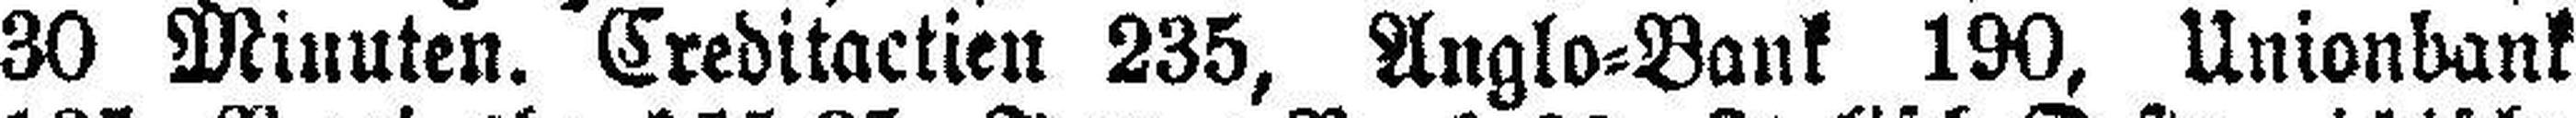
30 Minuten. Creditactien 235, Anglo=Bank 190, Unionbank